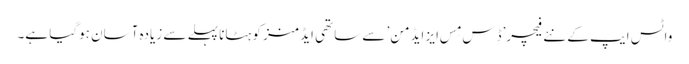
واٹس ایپ کے نئے فیچر’ڈِس مِس ایز ایڈمن’ سے ساتھی ایڈمنز کو ہٹانا پہلے سے زیادہ آسان ہوگیا ہے۔